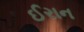
ઈરાન